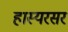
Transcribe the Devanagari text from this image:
हास्यरसर